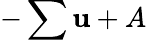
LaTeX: -\sum\mathbf{u}+A